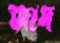
জাদ